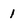
Character: 1